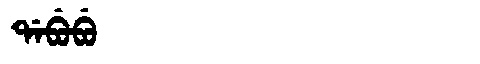
Manchu: ᡩᠠᠪᡠᠪᡠ
Romanization: DABUBU